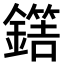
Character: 𨬼